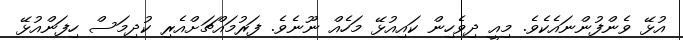
އުޅޭ ވެންފުންނައެކެވެ. މިއީ ދިވެހިން ކައިއުޅޭ މަހެއް ނޫނެވެ. ފަރުމައްޗަށްއެރި ކުދިމަސް ހިފަންއުޅޭ